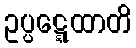
ဥပ္ပဋ္ဋေထာတိ